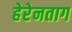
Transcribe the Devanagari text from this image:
हेरेनताग